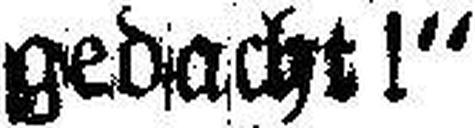
gedacht!“